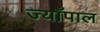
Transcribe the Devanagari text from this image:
ज्याँपाल